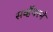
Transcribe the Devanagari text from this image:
सर्व्हेयरने